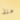
منذ